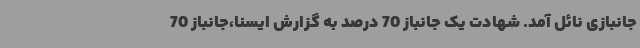
جانبازی نائل آمد. شهادت یک جانباز 70 درصد به گزارش ایسنا،جانباز 70